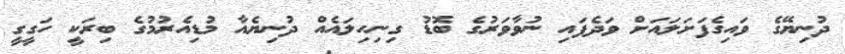
ދުނިޔޭގެ ވައިގެފަށަލައަށް ވަދެފައި ނުވާވަރުގެ ބޮޑު ގިނިހިލައެެއް ދުނިޔެއާ މުޑިއެރުމުގެ ބިރަކީ ހަގީގީ